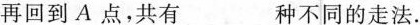
再回到A点，共有___种不同的走法.